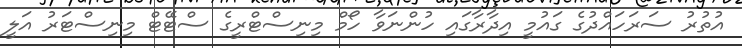
އުތުރު ސަރަހައްދުގެ ގައުމީ އިދާރާގައި ހުންނަވާ ހޯމް މިނިސްޓްރީގެ ސްޓޭޓް މިނިސްޓަރު އަލީ